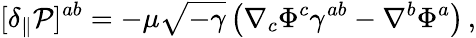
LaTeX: [\delta_{\parallel}{\cal P}]^{ab}=-\mu\sqrt{-\gamma}\left(\nabla_{c}\Phi^{c}\gamma^{ab}-\nabla^{b}\Phi^{a}\right)\, ,